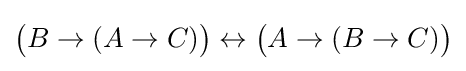
{\big (}B\to (A\to C){\big )}\leftrightarrow {\big (}A\to (B\to C){\big )}